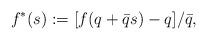
LaTeX: \begin{align*} f^*(s):=[f(q+\bar{q}s)-q]/\bar{q}, \end{align*}